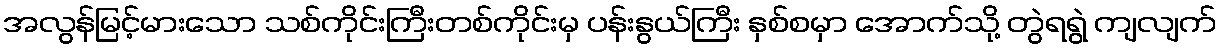
အလွန်မြင့်မားသော သစ်ကိုင်းကြီးတစ်ကိုင်းမှ ပန်းနွယ်ကြီး နှစ်စမှာ အောက်သို့ တွဲရရွဲ ကျလျက်